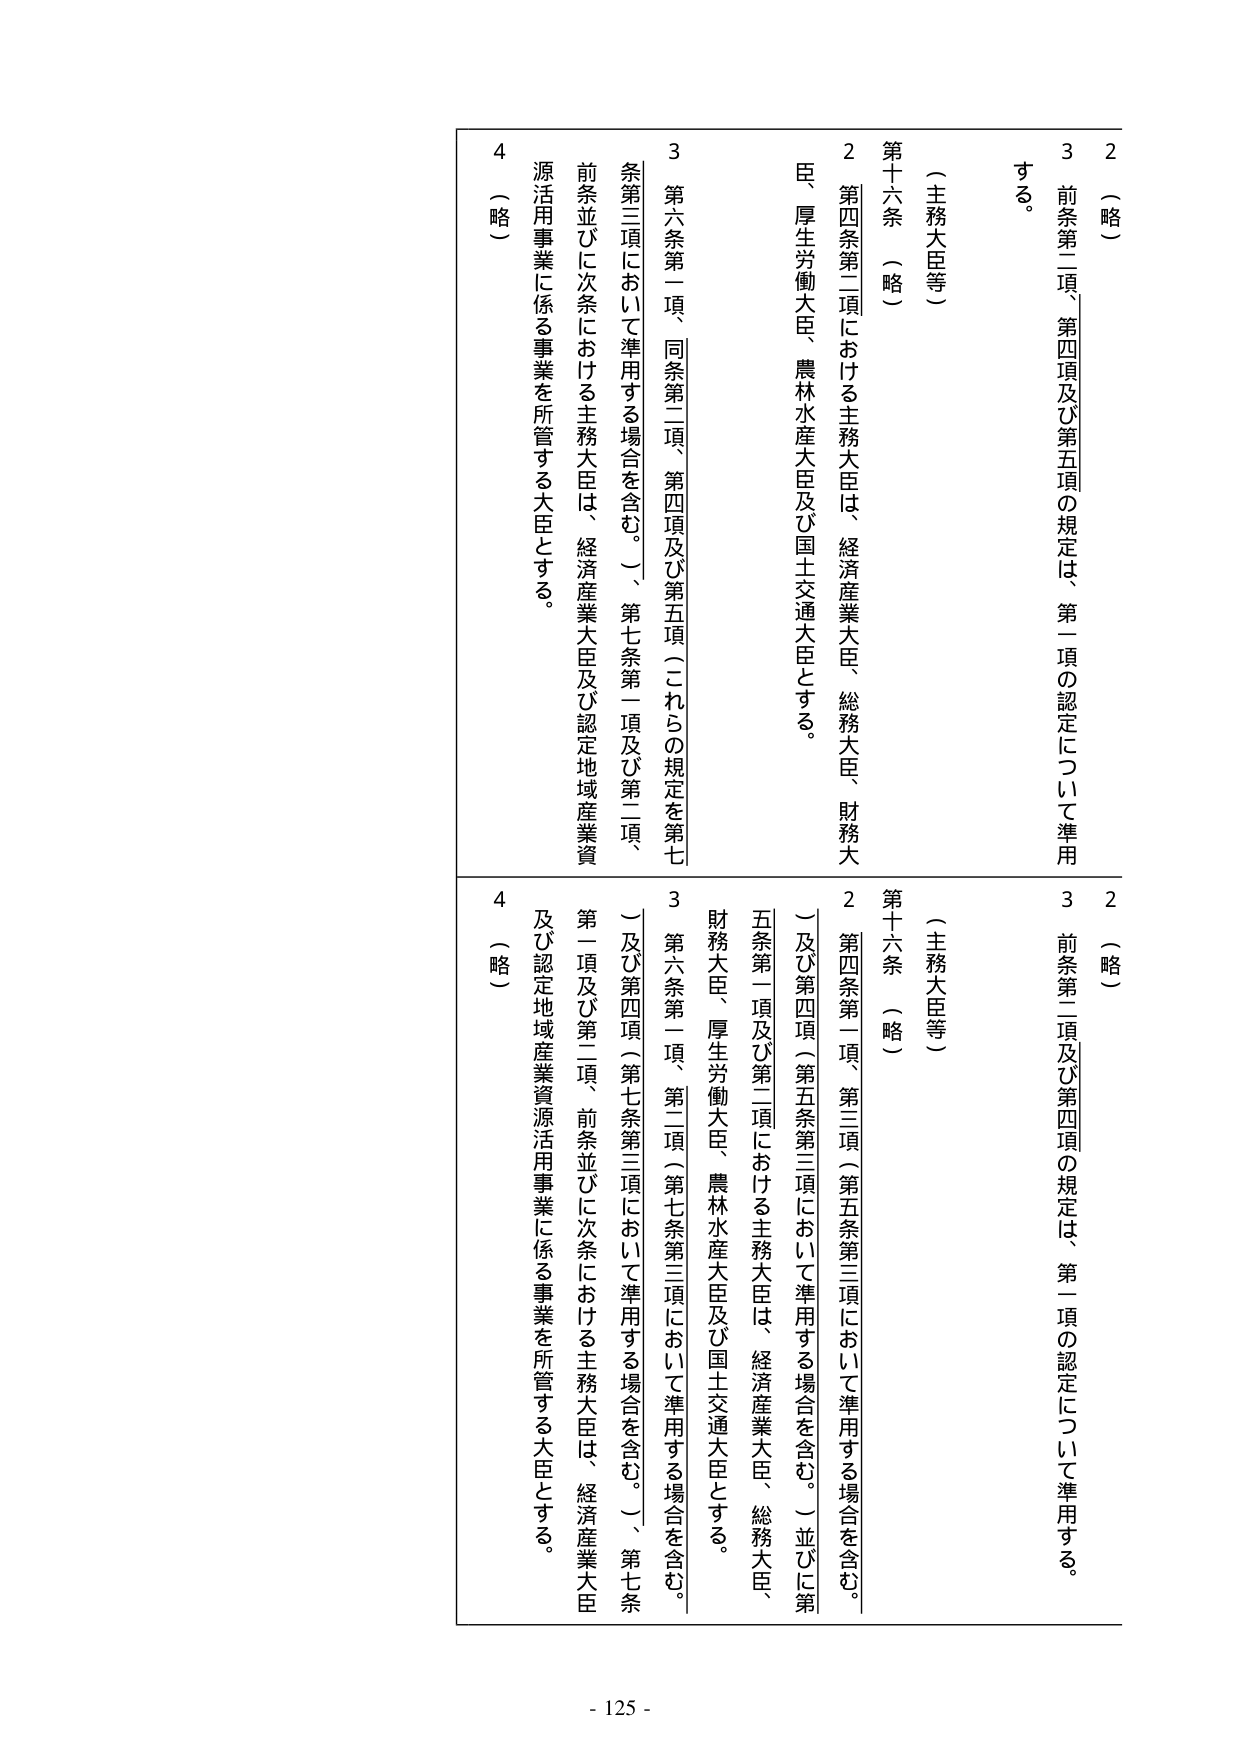
2 （略）
3 前条第二項、第四項及び第五項の規定は、第一項の認定について準用する。
（主務大臣等）
第十六条 （略）
2 第四条第二項における主務大臣は、経済産業大臣、総務大臣、財務大臣、厚生労働大臣、農林水産大臣及び国土交通大臣とする。
3 第六条第一項、同条第二項、第四項及び第五項（これらの規定を第七条第三項において準用する場合を含む。）、第七条第一項及び第二項、前条並びに次条における主務大臣は、経済産業大臣及び認定地域産業資源活用事業に係る事業を所管する大臣とする。
4 （略）

2 （略）
3 前条第二項及び第四項の規定は、第一項の認定について準用する。
（主務大臣等）
第十六条 （略）
2 第四条第一項、第三項（第五条第三項において準用する場合を含む。）及び第四項（第五条第三項において準用する場合を含む。）並びに第五条第一項及び第二項における主務大臣は、経済産業大臣、総務大臣、財務大臣、厚生労働大臣、農林水産大臣及び国土交通大臣とする。
3 第六条第一項、第二項（第七条第三項において準用する場合を含む。）及び第四項（第七条第三項において準用する場合を含む。）、第七条第一項及び第二項、前条並びに次条における主務大臣は、経済産業大臣及び認定地域産業資源活用事業に係る事業を所管する大臣とする。
4 （略）

- 125 -